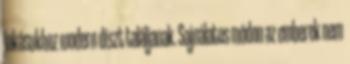
lakásukhoz modern díszt találjanak. Sajnálatos módon az emberek nem